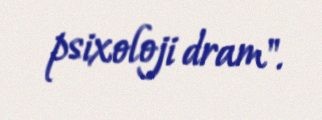
psixoloji dram".